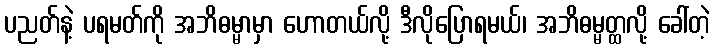
ပညတ်နဲ့ ပရမတ်ကို အဘိဓမ္မာမှာ ဟောတယ်လို့ ဒီလိုပြောရမယ်၊ အဘိဓမ္မတ္ထလို့ ခေါ်တဲ့